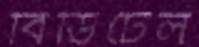
বিডিটেল